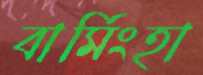
বার্মিংহা